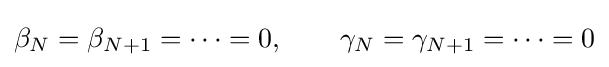
\beta _{N}=\beta _{N+1}=\dots =0,\qquad \gamma _{N}=\gamma _{N+1}=\dots =0